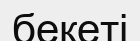
бекеті